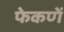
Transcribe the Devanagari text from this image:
फेकणें